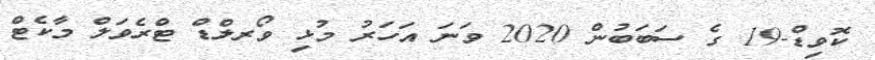
ކޮވިޑް-19 ގެ ސަބަބުން 2020 ވަނަ އަހަރު މުޅި ވޯރލްޑް ޓްރެވަލް މާކެޓް